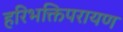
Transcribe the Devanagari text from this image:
हरिभक्तिपरायण